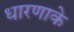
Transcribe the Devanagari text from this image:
धारणाके